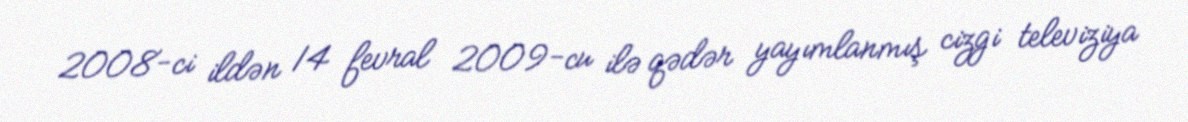
2008-ci ildən 14 fevral 2009-cu ilə qədər yayımlanmış cizgi televiziya